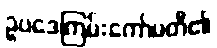
ဥပဒေကြမ်းကော်မတီ၏